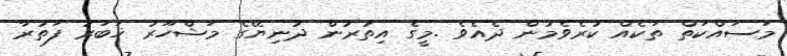
މަސައްކަތް ތަކެއް ކުރެވެމުން ދެއެވެ .މީގެ އިތުރުން ދުނިޔޭގެ މަޝްހޫރު ޚަބަރު ފަތުރާ